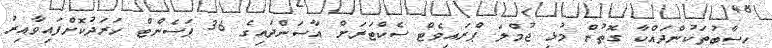
ހިސާބުތަކުންދައްކާ ގޮތުން މުޅި ޖުމްލަ ޕްރައިވެޓް ސެކްޓަރަށް އާސަންދައިގެ 36 ޕަސެންޓް ހަރަދުކޮށްފައިވާއިރު